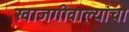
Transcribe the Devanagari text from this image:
खाजगीवाल्यांचा